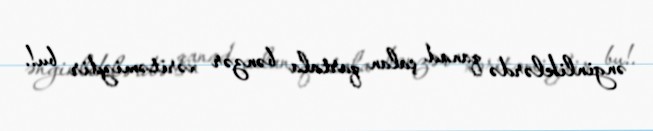
ənginliklərdə qanad çalan qartala bənzər xəritəmizdir bu!.